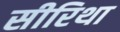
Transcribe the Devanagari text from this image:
सीरिथा